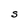
Character: S